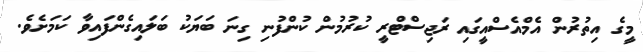
މީގެ އިތުރުން އެމްއެސްއީގައި ރަޖިސްޓްރީ ކުރުމުން ކުންފުނި ގިނަ ބަޔަކު ބަލައިގެންފައިވާ ކަމަށެވެ.